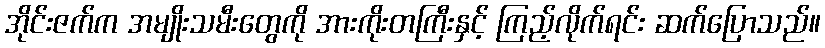
အိုင်းဇက်က အမျိုးသမီးတွေကို အားကိုးတကြီးနှင့် ကြည့်လိုက်ရင်း ဆက်ပြောသည်။